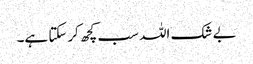
بے شک اللہ سب کچھ کرسکتا ہے۔